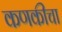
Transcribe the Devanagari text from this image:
कणकीचा